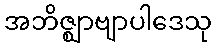
အဘိဇ္ဈာဗျာပါဒေသု